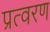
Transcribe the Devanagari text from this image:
प्रत्वरण